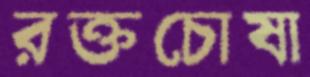
রক্তচোষা